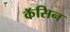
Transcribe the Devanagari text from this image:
कॅसिन